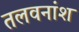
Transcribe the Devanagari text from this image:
तलवनांश